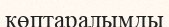
көптаралымды